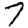
Digit: 7